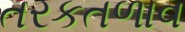
તરકતળાવ